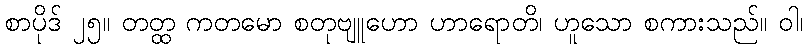
စာပိုဒ် ၂၅။ တတ္ထ ကတမော စတုဗျူဟော ဟာရောတိ၊ ဟူသော စကားသည်။ ဝါ၊